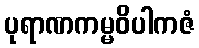
ပုရာဏကမ္မဝိပါကဇံ